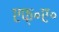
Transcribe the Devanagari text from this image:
एफ़॰ए॰